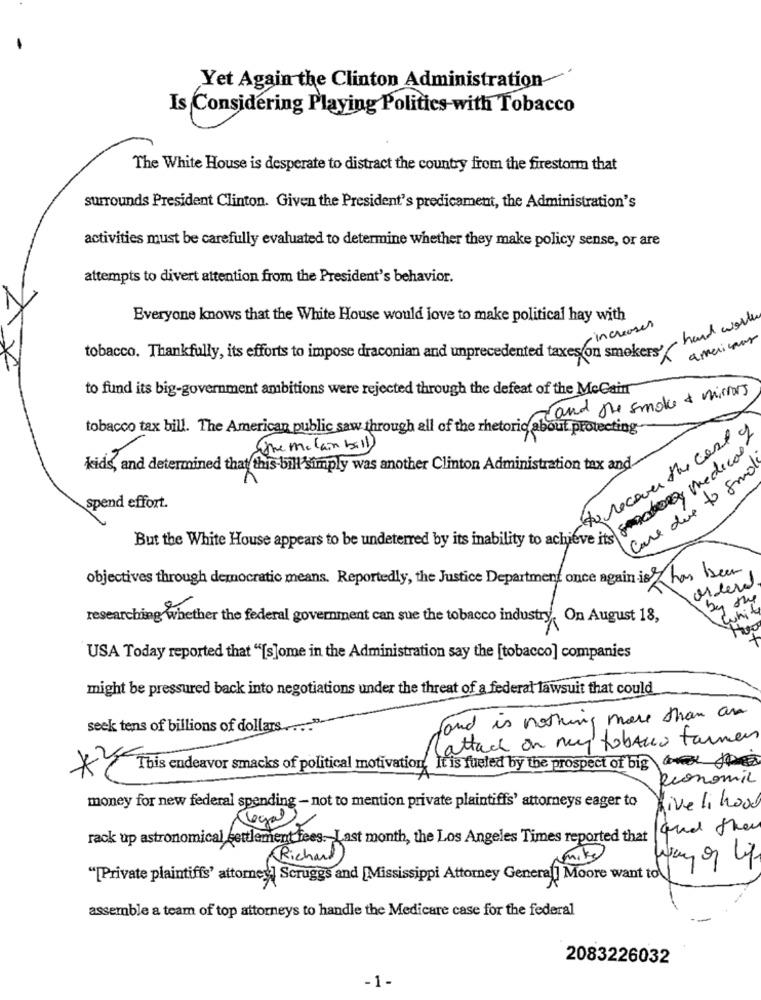
Yet Again the Clinton Administration
Is Considering Playing Politics with Tobacco
The White House is desperate to distract the country from the firestorm that
surrounds President Clinton. Given the President's predicament, the Administration's
activities must be carefully evaluated to determine whether they make policy sense, or are
attempts to divert attention from the President's behavior.
Everyone knows that the White House would love to make political hay with
hard work
-increases
americans
tobacco. Thankfully, its efforts to impose draconian and unprecedented taxes on smokers'
to fund its big-government ambitions were rejected through the defeat of the McCain
and the smoke & mirrors
tobacco tax bill. The American public saw through all of the rhetoric about protecting
to recover the case
Some mclain ball
senator, medical
kids, and determined that this bill'simply was another Clinton Administration tax and
Care due to smol
spend effort.
But the White House appears to be undeterred by its inability to achieve its
objectives through democratic means. Reportedly, the Justice Department once again is Z has been
partner 0
orders
by the
white
researching whether the federal government can sue the tobacco industry. On August 18,
USA Today reported that "[s]ome in the Administration say the [tobacco] companies
might be pressured back into negotiations under the threat of a federal lawsuit that could
Fond is nothing more than an
seek tens of billions of dollars ....
(attack on my tobacco farmer
* This endeavor smacks of political motivation. It is fueled by the prospect of big
Rconomic
money for new federal spending - not to mention private plaintiffs' attorneys eager to
Live li hood
que then
rack up astronomical settlement fees. Last month, the Los Angeles Times reported that
mike
(Richard
Way of life
"[Private plaintiffs' attomes] Scruggs and [Mississippi Attorney General] Moore want to
assemble a team of top attorneys to handle the Medicare case for the federal
2083226032
-1-